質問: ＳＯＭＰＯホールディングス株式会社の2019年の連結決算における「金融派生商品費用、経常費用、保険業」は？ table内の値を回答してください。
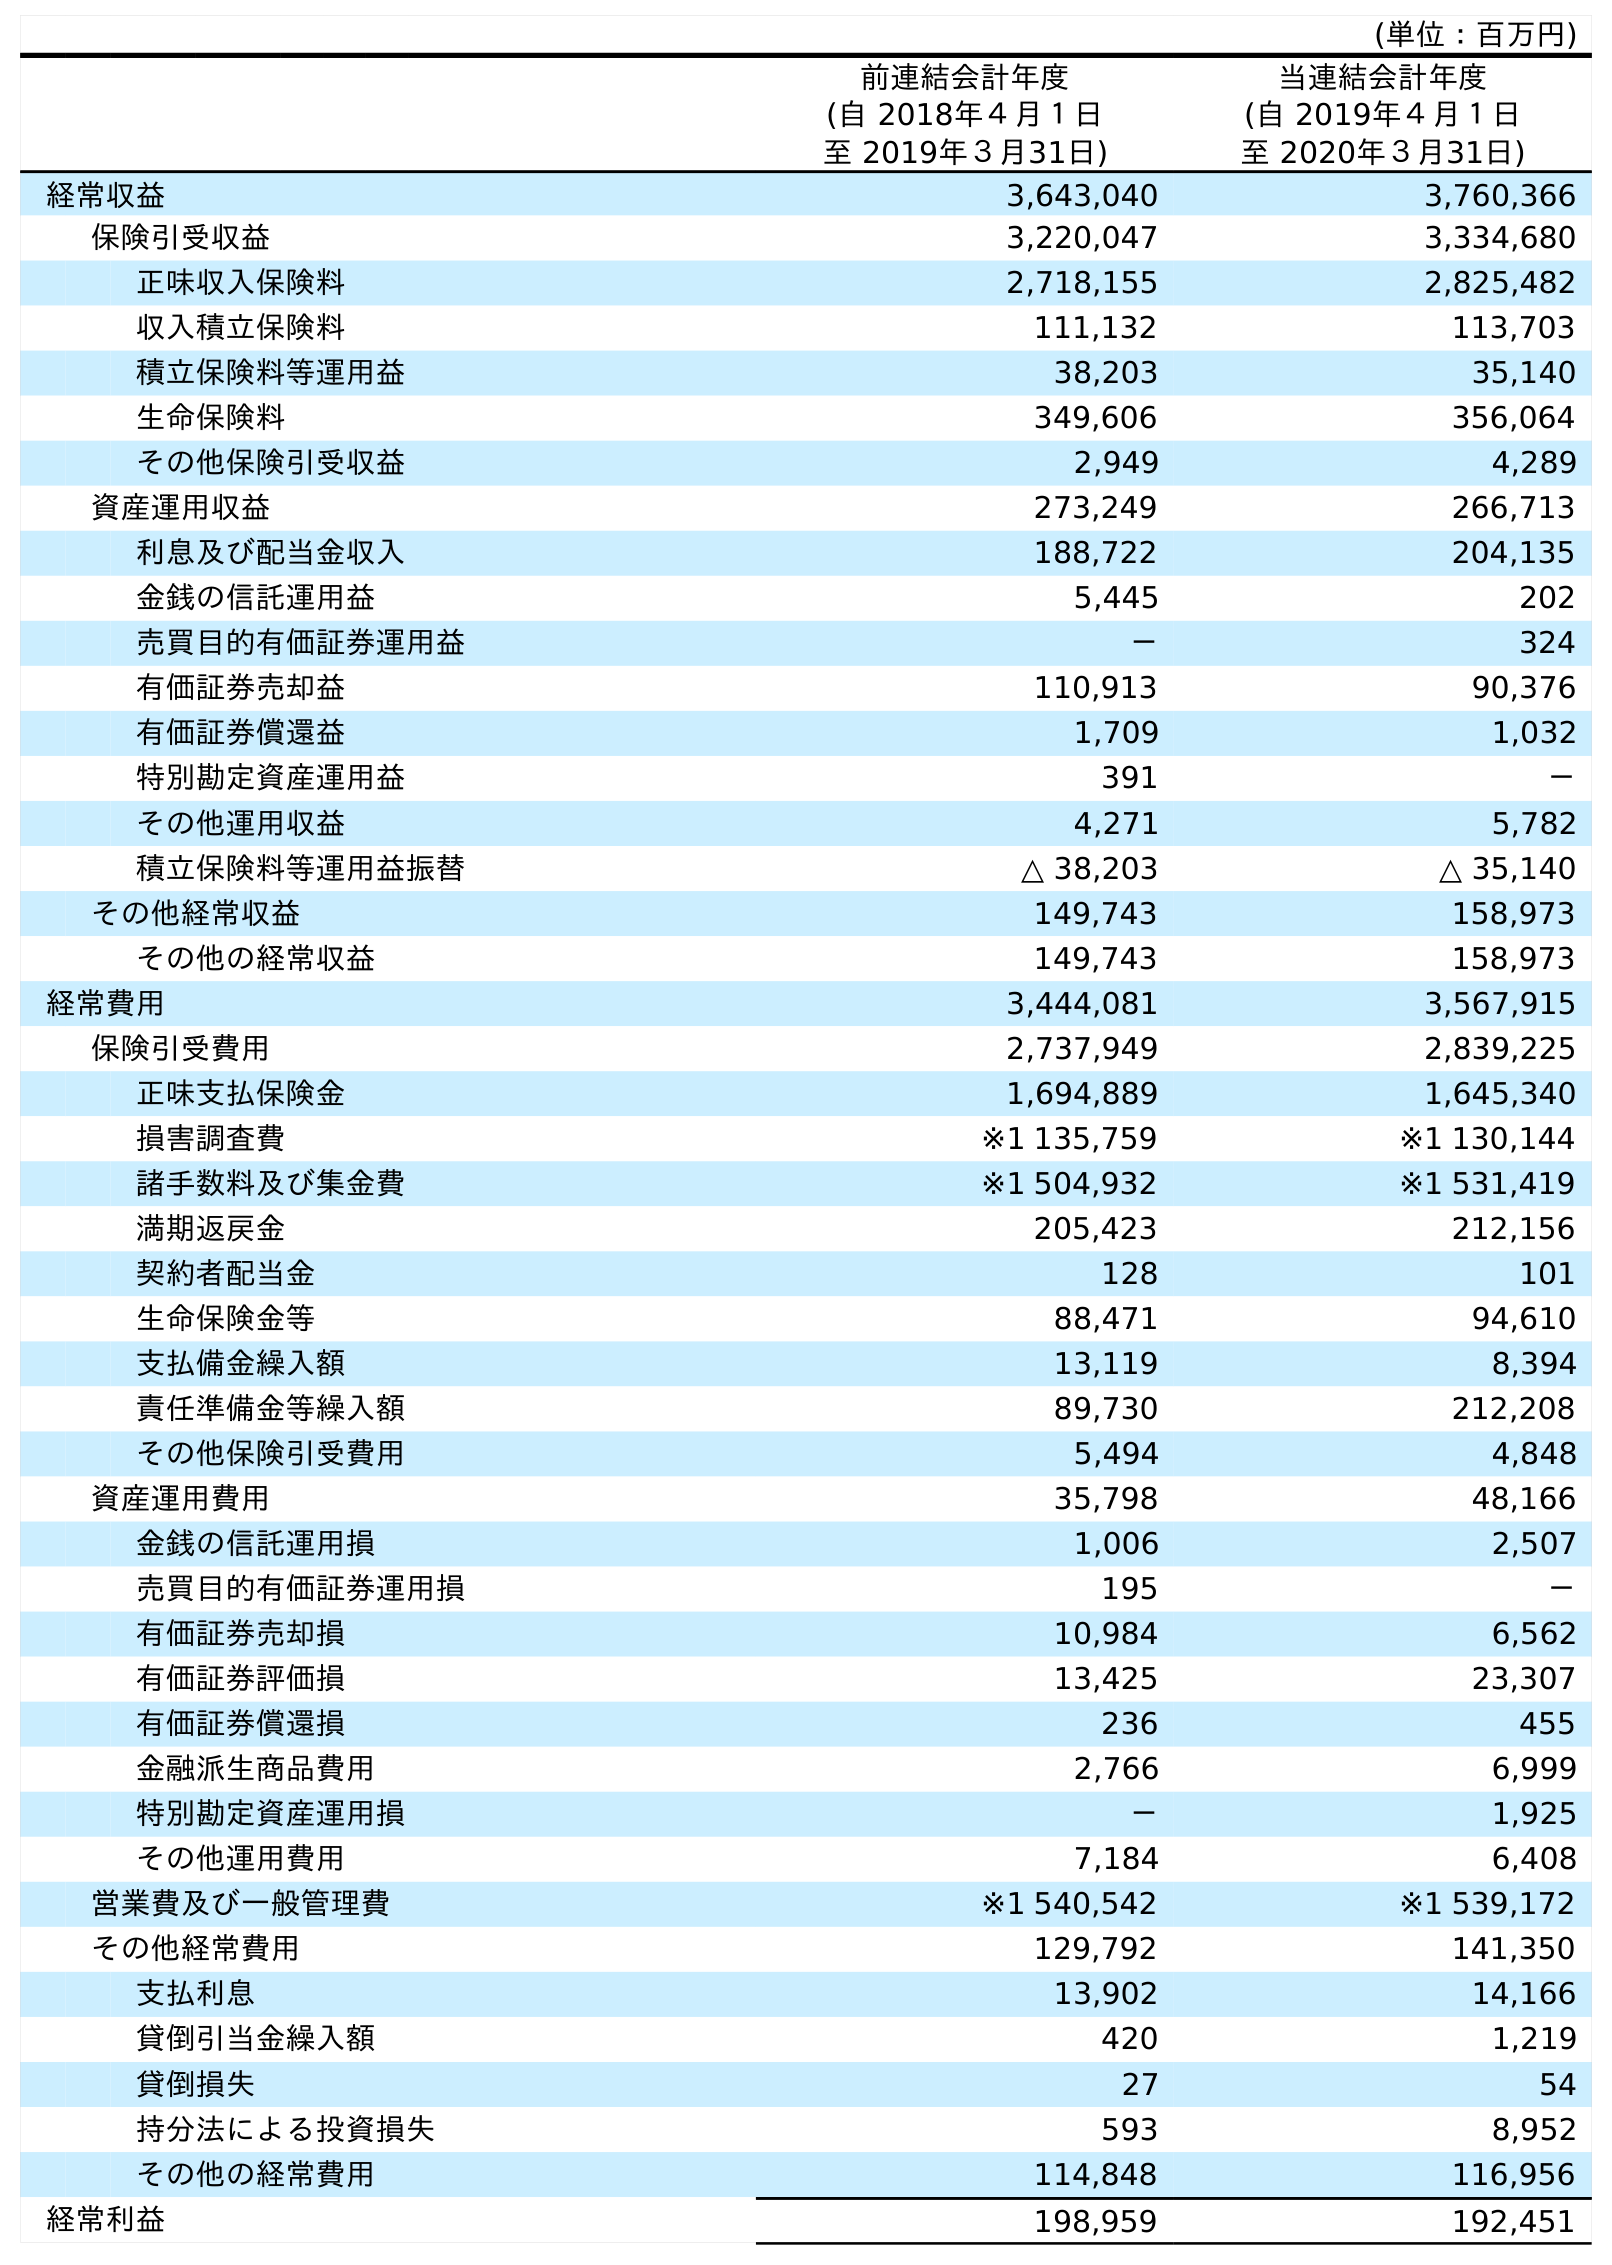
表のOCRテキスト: (単位：百万円) 前連結会計年度 (自 2018年４月１日 至 2019年３月31日) 当連結会計年度 (自 2019年４月１日 至 2020年３月31日) 経常収益 3,643,040 3,760,366 保険引受収益 3,220,047 3,334,680 正味収入保険料 2,718,155 2,825,482 収入積立保険料 111,132 113,703 積立保険料等運用益 38,203 35,140 生命保険料 349,606 356,064 その他保険引受収益 2,949 4,289 資産運用収益 273,249 266,713 利息及び配当金収入 188,722 204,135 金銭の信託運用益 5,445 202 売買目的有価証券運用益 － 324 有価証券売却益 110,913 90,376 有価証券償還益 1,709 1,032 特別勘定資産運用益 391 － その他運用収益 4,271 5,782 積立保険料等運用益振替 △ 38,203 △ 35,140 その他経常収益 149,743 158,973 その他の経常収益 149,743 158,973 経常費用 3,444,081 3,567,915 保険引受費用 2,737,949 2,839,225 正味支払保険金 1,694,889 1,645,340 損害調査費 ※1 135,759 ※1 130,144 諸手数料及び集金費 ※1 504,932 ※1 531,419 満期返戻金 205,423 212,156 契約者配当金 128 101 生命保険金等 88,471 94,610 支払備金繰入額 13,119 8,394 責任準備金等繰入額 89,730 212,208 その他保険引受費用 5,494 4,848 資産運用費用 35,798 48,166 金銭の信託運用損 1,006 2,507 売買目的有価証券運用損 195 － 有価証券売却損 10,984 6,562 有価証券評価損 13,425 23,307 有価証券償還損 236 455 金融派生商品費用 2,766 6,999 特別勘定資産運用損 － 1,925 その他運用費用 7,184 6,408 営業費及び一般管理費 ※1 540,542 ※1 539,172 その他経常費用 129,792 141,350 支払利息 13,902 14,166 貸倒引当金繰入額 420 1,219 貸倒損失 27 54 持分法による投資損失 593 8,952 その他の経常費用 114,848 116,956 経常利益 198,959 192,451
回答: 2,766